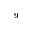
^ { 9 }